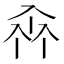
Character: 𠓪